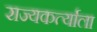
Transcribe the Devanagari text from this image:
राज्यकर्त्याला